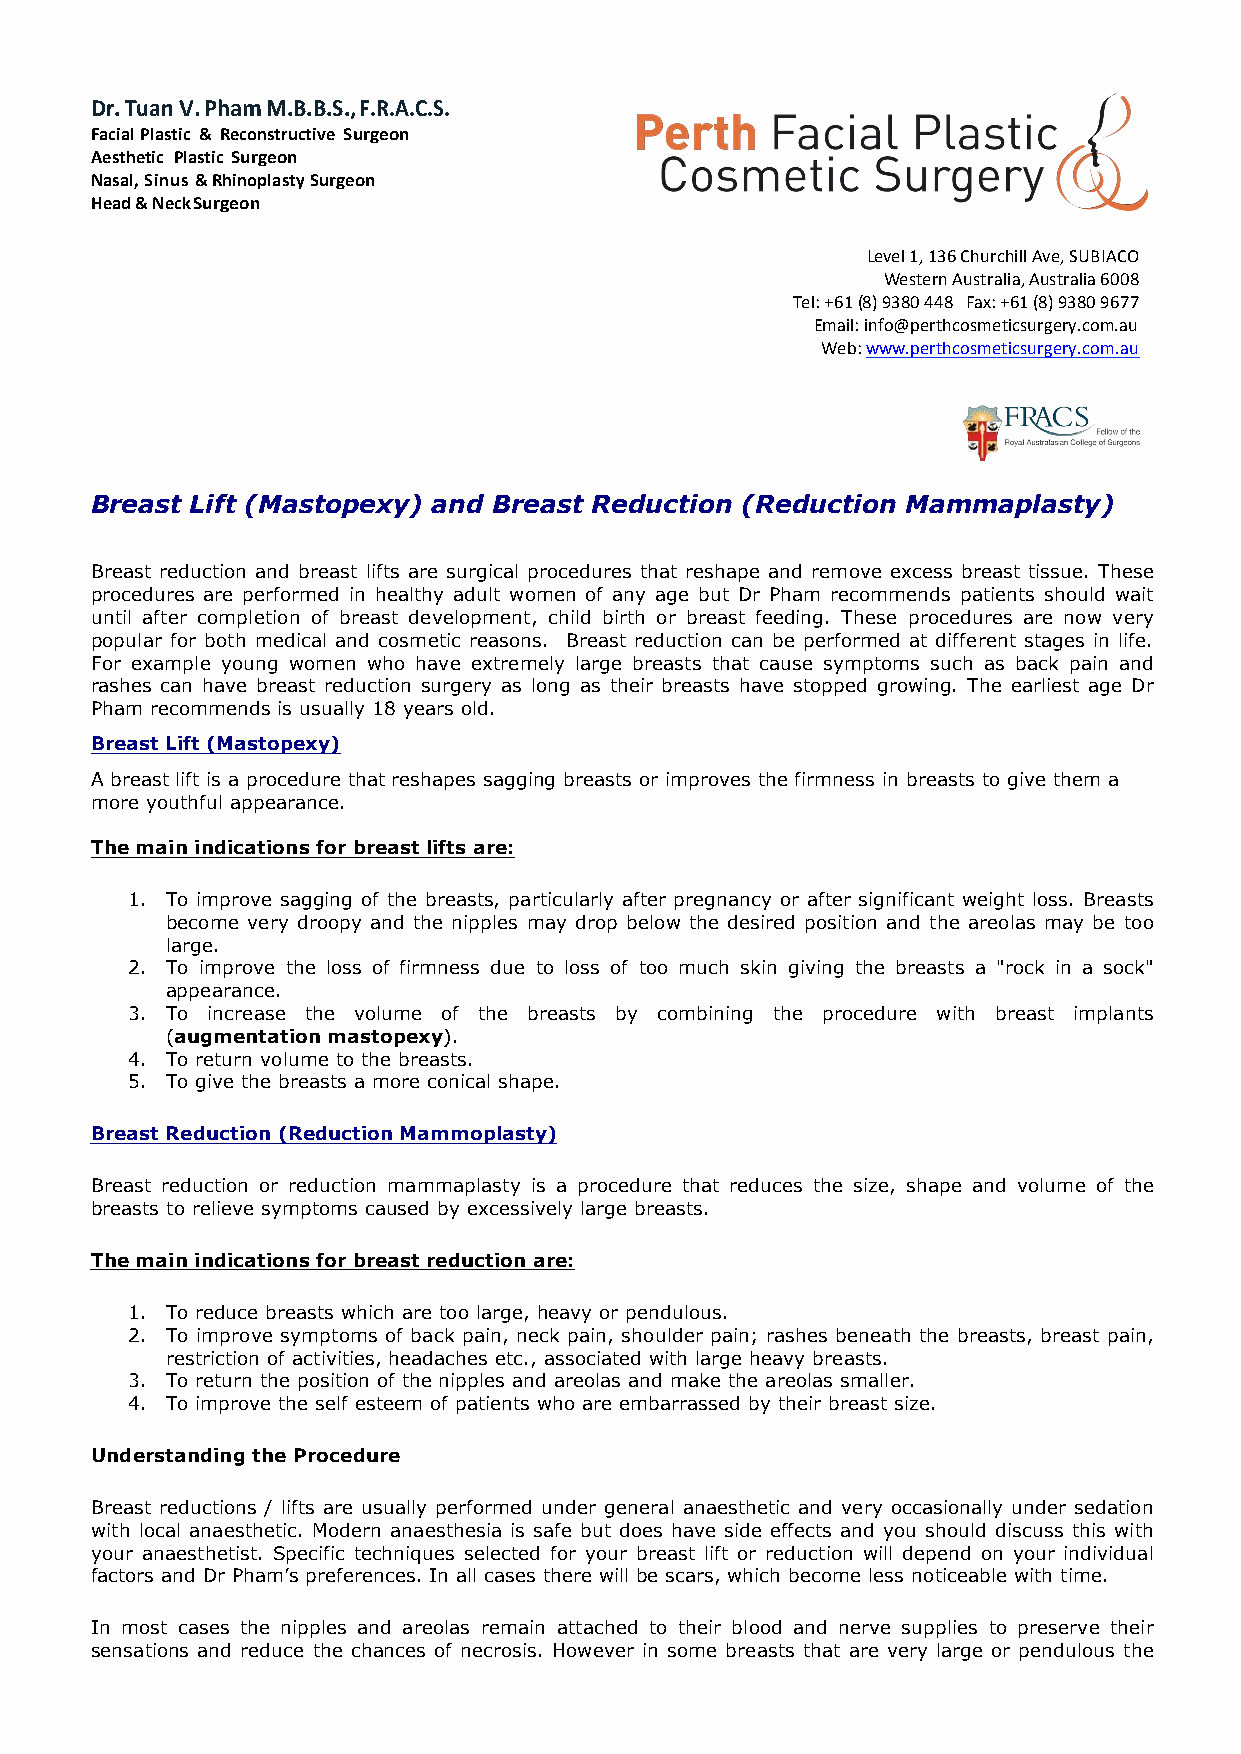
Dr. Tuan V. Pham M.B.B.S., F.R.A.C.S.
 Facial Plastic & Reconstructive Surgeon
 Aesthetic Plastic Surgeon
 Nasal, Sinus & Rhinoplasty Surgeon
 Head & Neck Surgeon
 Level 1, 136 Churchill Ave, SUBIACO
 Western Australia, Australia 6008
 Tel: +61 (8) 9380 448 Fax: +61 (8) 9380 9677
 Email: info@perthcosmeticsurgery.com.au
 Web: www.perthcosmeticsurgery.com.au
 Breast Lift (Mastopexy) and Breast Reduction (Reduction Mammaplasty)
 Breast reduction and breast lifts are surgical procedures that reshape and remove excess breast tissue. These
 procedures are performed in healthy adult women of any age but Dr Pham recommends patients should wait
 until after completion of breast development, child birth or breast feeding. These procedures are now very
 popular for both medical and cosmetic reasons. Breast reduction can be performed at different stages in life.
 For example young women who have extremely large breasts that cause symptoms such as back pain and
 rashes can have breast reduction surgery as long as their breasts have stopped growing. The earliest age Dr
 Pham recommends is usually 18 years old.
 Breast Lift (Mastopexy)
 A breast lift is a procedure that reshapes sagging breasts or improves the firmness in breasts to give them a
 more youthful appearance.
 The main indications for breast lifts are:
 1. To improve sagging of the breasts, particularly after pregnancy or after significant weight loss. Breasts
 become very droopy and the nipples may drop below the desired position and the areolas may be too
 large.
 2. To improve the loss of firmness due to loss of too much skin giving the breasts a "rock in a sock"
 appearance.
 3. To increase the volume of the breasts by combining the procedure with breast implants
 (augmentation mastopexy).
 4. To return volume to the breasts.
 5. To give the breasts a more conical shape.
 Breast Reduction (Reduction Mammoplasty)
 Breast reduction or reduction mammaplasty is a procedure that reduces the size, shape and volume of the
 breasts to relieve symptoms caused by excessively large breasts.
 The main indications for breast reduction are:
 1. To reduce breasts which are too large, heavy or pendulous.
 2. To improve symptoms of back pain, neck pain, shoulder pain; rashes beneath the breasts, breast pain,
 restriction of activities, headaches etc., associated with large heavy breasts.
 3. To return the position of the nipples and areolas and make the areolas smaller.
 4. To improve the self esteem of patients who are embarrassed by their breast size.
 Understanding the Procedure
 Breast reductions / lifts are usually performed under general anaesthetic and very occasionally under sedation
 with local anaesthetic. Modern anaesthesia is safe but does have side effects and you should discuss this with
 your anaesthetist. Specific techniques selected for your breast lift or reduction will depend on your individual
 factors and Dr Pham’s preferences. In all cases there will be scars, which become less noticeable with time.
 In most cases the nipples and areolas remain attached to their blood and nerve supplies to preserve their
 sensations and reduce the chances of necrosis. However in some breasts that are very large or pendulous the